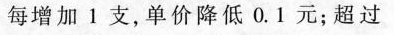
每增加1支，单价降低0.1元；超过